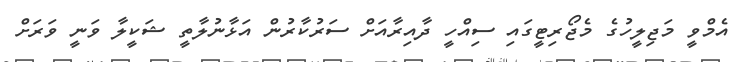
އެމްވީ މަޖިލީހުގެ މެޖޯރިޓީގައި ސިއްހީ ދާއިރާއަށް ސަރުކާރުން އަޅާނުލާތީ ޝަކީލާ ވަނީ ވަރަށް